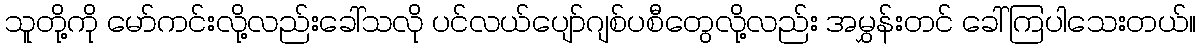
သူတို့ကို မော်ကင်းလို့လည်းခေါ်သလို ပင်လယ်ပျော်ဂျစ်ပစီတွေလို့လည်း အမွှန်းတင် ခေါ်ကြပါသေးတယ်။